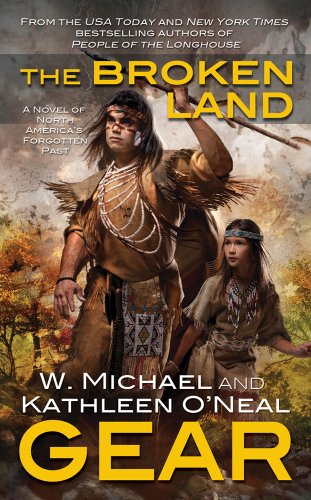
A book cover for The Broken Land: A People of the Longhouse Novel (North America's Forgotten Past); W. Michael Gear; Literature & Fiction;